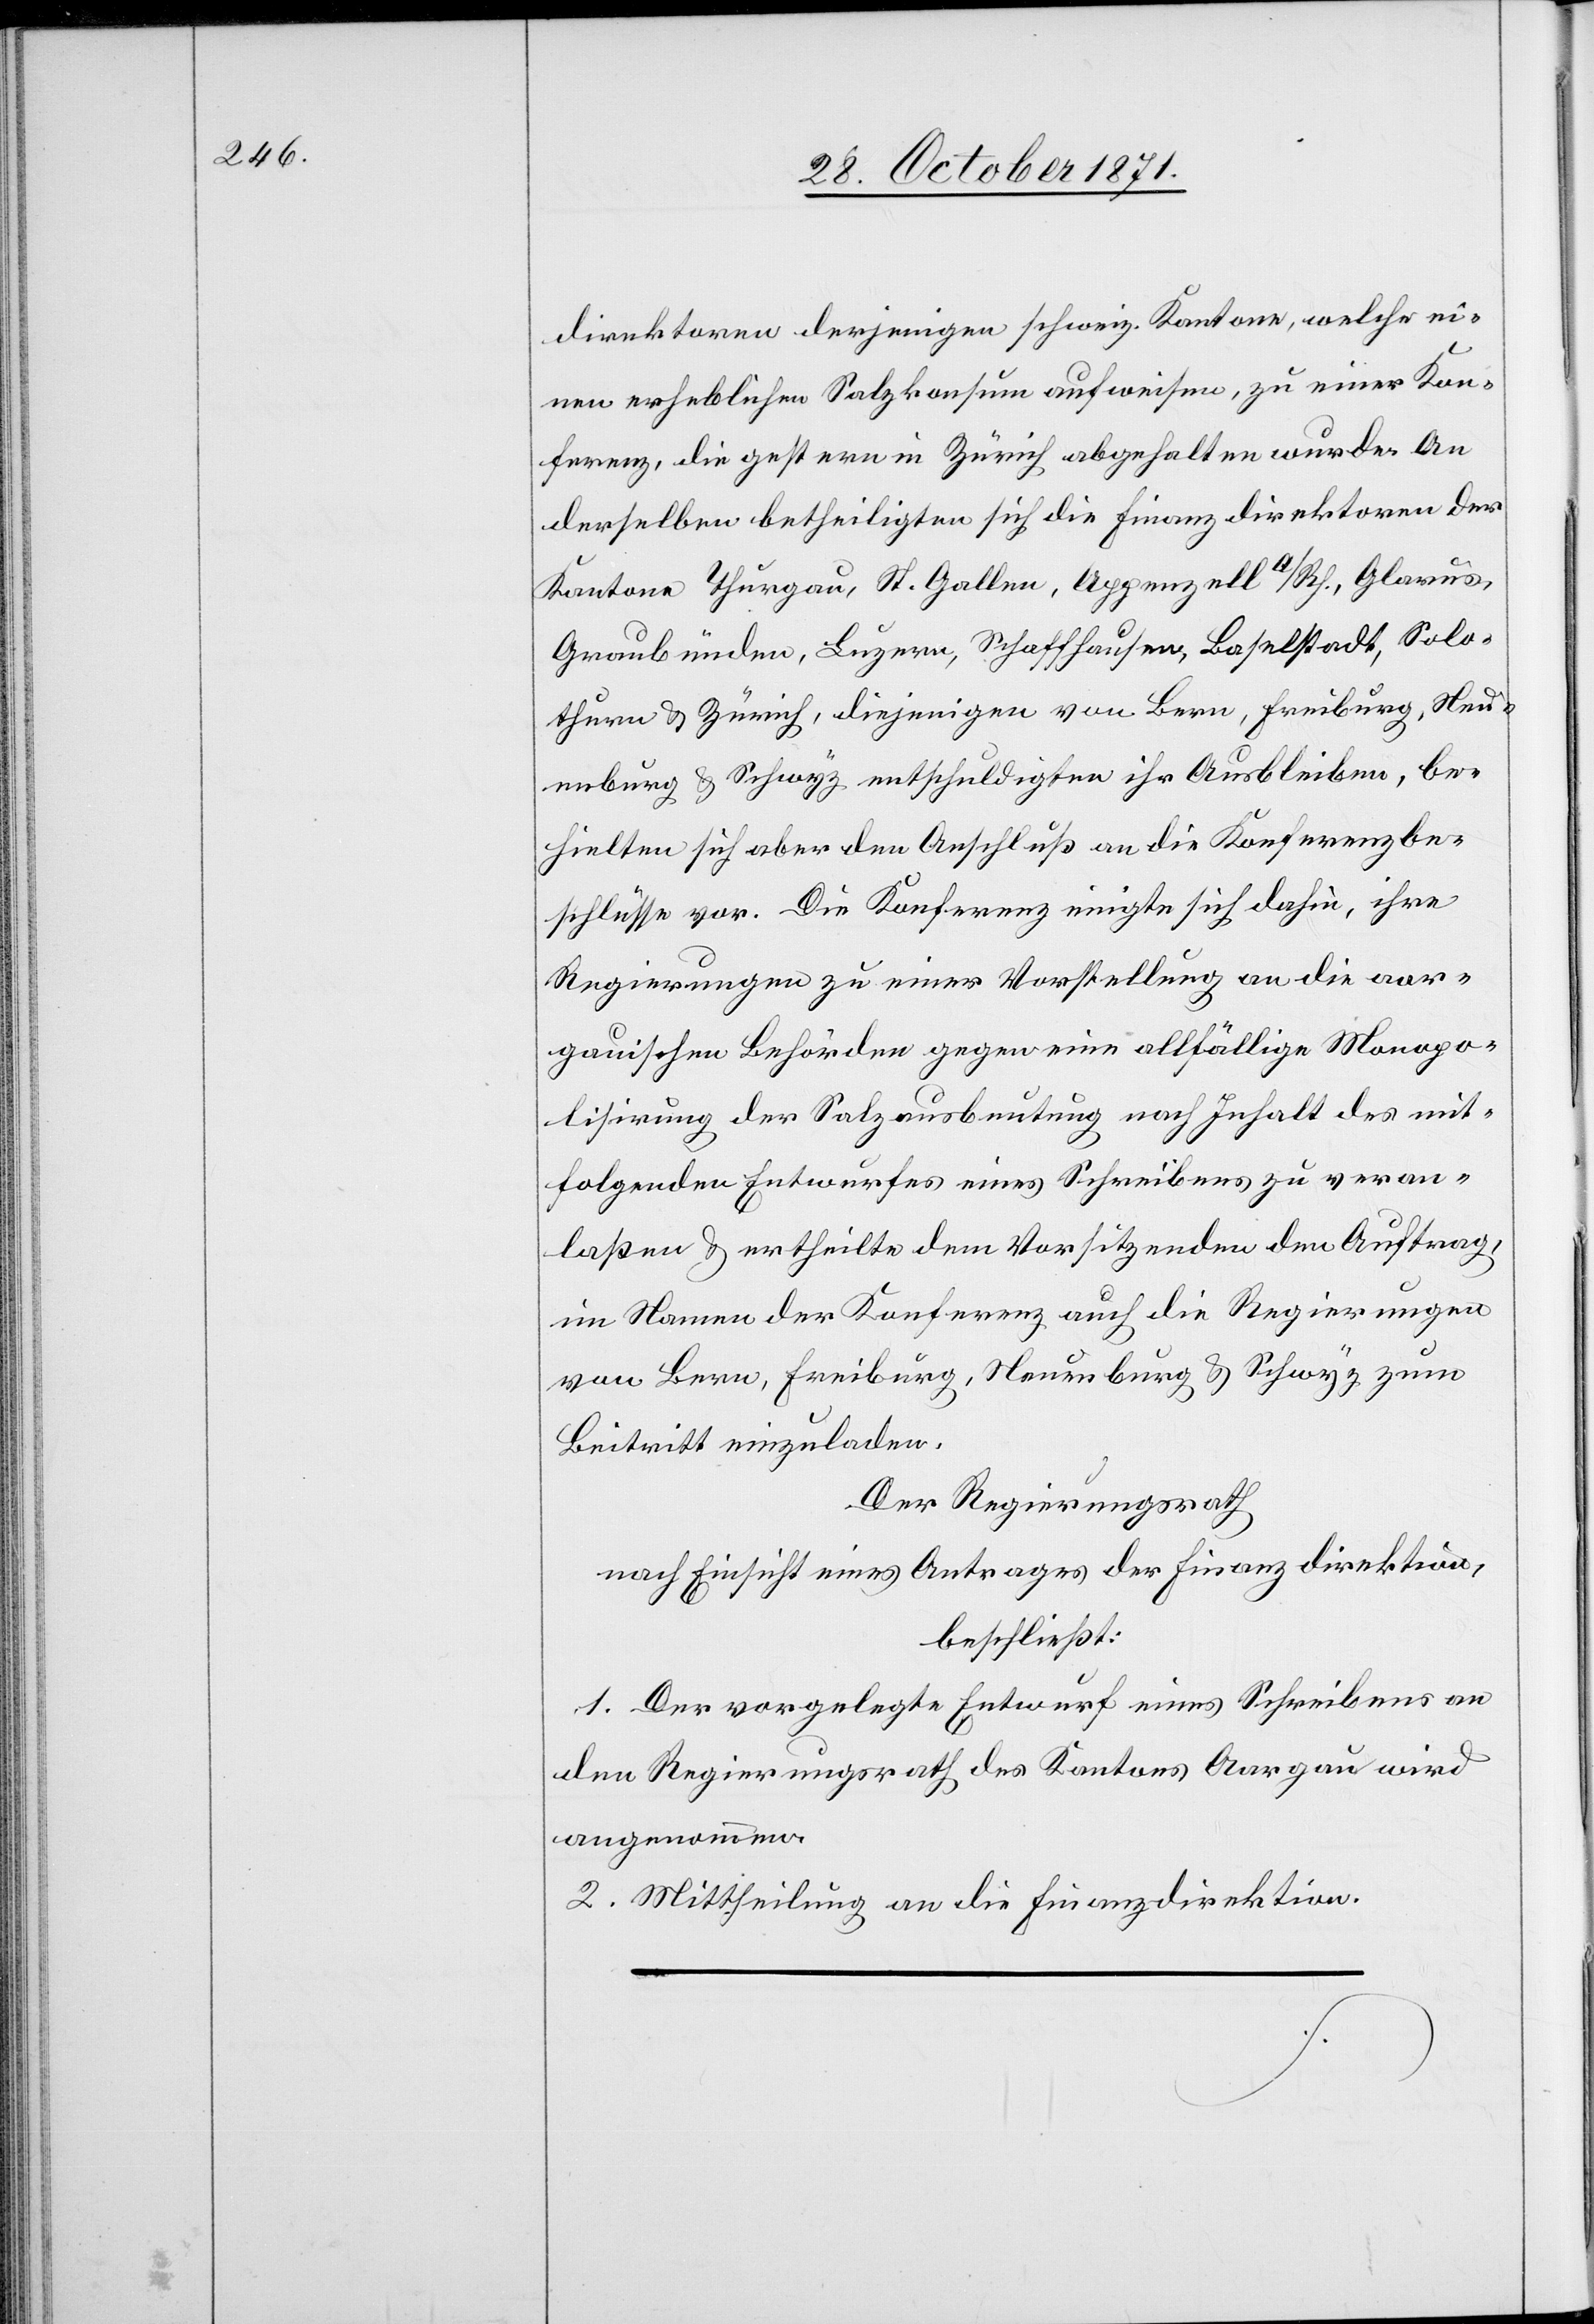
direktoren derjenigen schweiz. Kantone, welche ei¬
nen erheblichen Salzkonsum aufweisen, zu einer Kon¬
ferenz, die gestern in Zürich abgehalten wurde. An
derselben betheiligten sich die Finanzdirektoren der
Kantone Thurgau, St. Gallen, Appenzell A/Rh., Glarus,
Graubünden, Luzern, Schaffhausen, Baselstadt, Solo¬
thurn & Zürich, diejenigen von Bern, Freiburg, Neu¬
enburg & Schwyz entschuldigten ihr Ausbleiben, be¬
hielten sich aber den Anschluß an die Konferenzbe¬
schlüsse vor. Die Konferenz einigte sich dahin, ihre
Regierungen zu einer Vorstellung an die aar¬
gauischen Behörden gegen eine allfällige Monopo¬
lisirung der Salzausbeutung nach Inhalt des mit¬
folgenden Entwurfes eines Schreibens zu veran¬
laßen & ertheilte dem Vorsitzenden den Auftrag,
im Namen der Konferenz auch die Regierungen
von Bern, Freiburg, Neuenburg & Schwyz zum
Beitritt einzuladen.
Der Regierungsrath
nach Einsicht eines Antrages der Finanzdirektion,
beschließt:
1. Der vorgelegte Entwurf eines Schreibens an
den Regierungsrath des Kantons Aargau wird
angenommen.
2. Mittheilung an die Finanzdirektion.